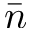
\bar { n }